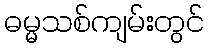
ဓမ္မသစ်ကျမ်းတွင်